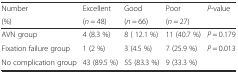
| Number | Excellent | Good | Poor | <ROWSPAN=2> P-value |
 | (%) | (n = 48) | (n = 66) | (n = 27) |
 | --- | --- | --- | --- | --- |
 | AVN group | 4 (8.3 %) | 8 ( 12.1 %) | 11 (40.7 %) | P = 0.179 |
 | Fixation failure group | 1 (2 %) | 3 (4.5 %) | 7 (25.9 %) | P = 0.013 |
 | No complication group | 43 (89.5 %) | 55 (83.3 %) | 9 (33.3 %) |  |